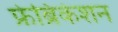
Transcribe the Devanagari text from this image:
फ्रेब्रिकेशन